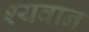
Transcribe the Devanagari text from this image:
श्यवान